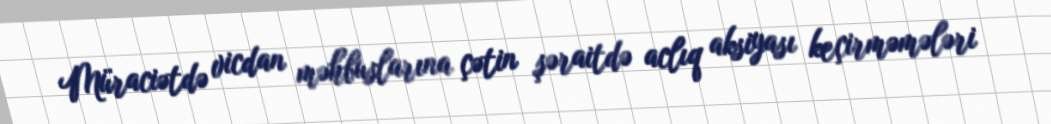
Müraciətdə vicdan məhbuslarına çətin şəraitdə aclıq aksiyası keçirməmələri